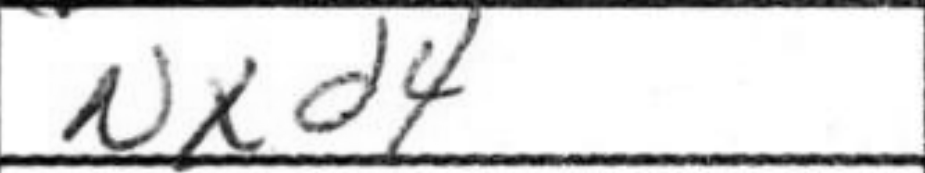
Transcription: Nxd4